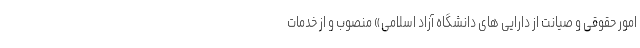
امور حقوقی و صیانت از دارایی های دانشگاه آزاد اسلامی» منصوب و از خدمات